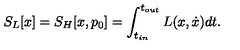
S _ { L } [ x ] = S _ { H } [ x , p _ { 0 } ] = \int _ { t _ { i n } } ^ { t _ { o u t } } L ( x , \dot { x } ) d t .